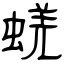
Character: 蜣